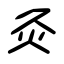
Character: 灸